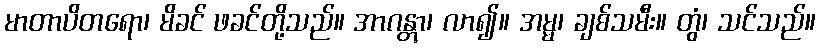
မာတာပိတရော၊ မိခင် ဖခင်တို့သည်။ အာဂန္တွာ၊ လာ၍။ အမ္မ၊ ချစ်သမီး။ တွံ၊ သင်သည်။